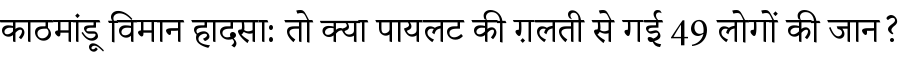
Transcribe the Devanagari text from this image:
काठमांडू विमान हादसा: तो क्या पायलट की ग़लती से गई 49 लोगों की जान?